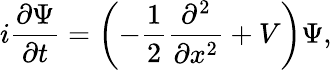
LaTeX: i\frac{\partial\Psi}{\partial t}=\left(-\frac{1}{2}\frac{\partial^{2}}{\partial x^{2}}+V\right)\Psi,